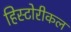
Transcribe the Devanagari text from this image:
हिस्टोरीकल